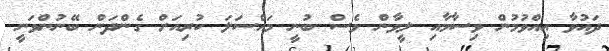
ދައުވާ އިއްވުމުން ވިސާމާއި ލީވާން ވެސް ބުނީ މައްސަލަ ކުރިއަށް ގެންދަން ބޭނުންވަނީ